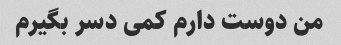
من دوست دارم کمی دسر بگیرم